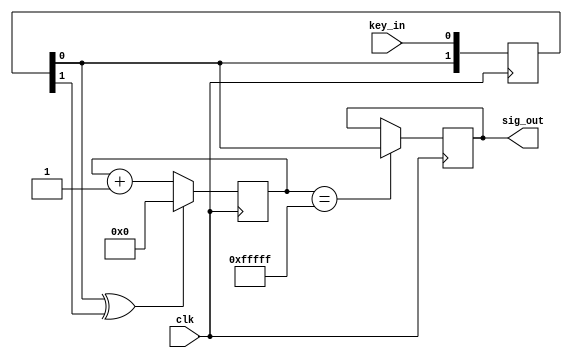
`timescale 1ns / 1ps
//module VibrationEli(
//    input wire clk,
//    input wire key_in,
//    output reg sig_out,
//    input wire RESET
//    );
//    reg [24:0]delay_cnt = 0;
//    reg bloking = 0;
//    reg out = 0;
//    always@(posedge key_in) begin
//        sig_out = 1;
//        if (!clk) delay_cnt = 0; 
//    end
//    always@(posedge clk) begin
//        if (RESET) delay_cnt = 0;
//        else delay_cnt <= delay_cnt + 1;
//        if (delay_cnt[24] == 1 && !key_in) sig_out = 0;
//    end
//endmodule

`define UD #1
module VibrationEli(
     input clk,
     
     input key_in,
     output sig_out
    );

    // inner signal
    reg [1:0] key_in_r;
    wire pp;
    reg [19:0] cnt_base;
    reg key_value_r;
    
    //
    always @(posedge clk)
        key_in_r<= `UD {key_in_r[0],key_in};
    
    // 
    assign pp = key_in_r[0]^key_in_r[1]; 
    
    //
    always@(posedge clk)
        if(pp==1'b1)
           cnt_base <= `UD 20'd0;
        else
           cnt_base <= `UD cnt_base + 1;
    
    //
    always @(posedge clk)
       if(cnt_base==20'hf_ffff)
            key_value_r <= `UD key_in_r[0];
    
    assign sig_out = key_value_r;
endmodule